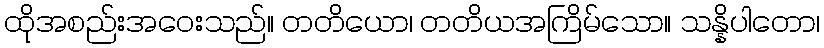
ထိုအစည်းအဝေးသည်။ တတိယော၊ တတိယအကြိမ်သော။ သန္နိပါတော၊